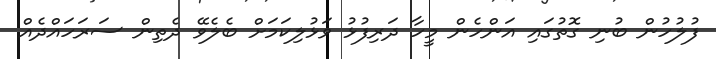
ފުލުހުން ބުނި ގޮތުގައި އަންހެން މީހާ ދަރިފުޅު ވަޅުލިކަމަށް ބެލެވޭ ދެތިން ސަރަހައްދެއް